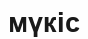
мүкіс